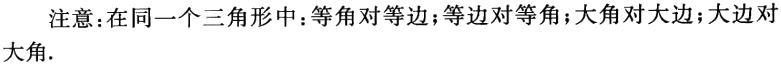
注意：在同一个三角形中：等角对等边；等边对等角；大角对大边；大边对大角.